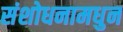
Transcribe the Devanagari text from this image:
संशोधनामधुन